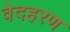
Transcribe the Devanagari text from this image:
वेदहरण